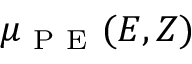
\mu _ { \mathrm { ~ P ~ E ~ } } ( E , Z )